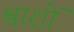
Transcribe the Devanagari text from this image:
श्वाशों